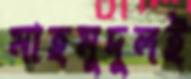
মাহমুদুলই